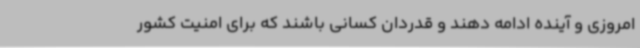
امروزی و آینده ادامه دهند و قدردان کسانی باشند که برای امنیت کشور